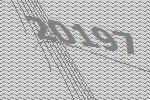
20197